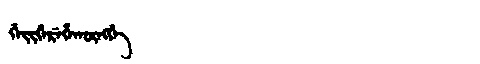
Manchu: ᡤᡝᡳᡤᡝᡵᡝᡥᠠᡴᡡᠩᡤᡝ
Romanization: GEIGEREHAKŪNGGE